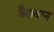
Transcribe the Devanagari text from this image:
जैसवान